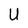
Character: U